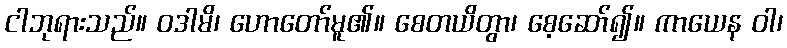
ငါဘုရားသည်။ ဝဒါမိ၊ ဟောတော်မူ၏။ စေတယိတွာ၊ စေ့ဆော်၍။ ကာယေန ဝါ၊